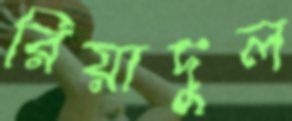
রিয়াদুল